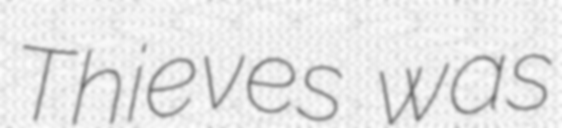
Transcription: Thieves was